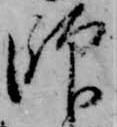
師